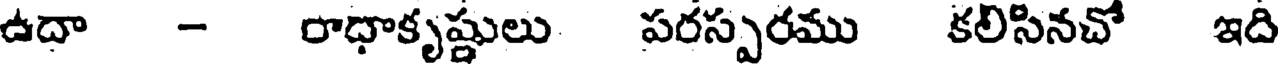
ఉదా - రాధాకృష్ణులు పరస్పరము కలిసినచో ఇది